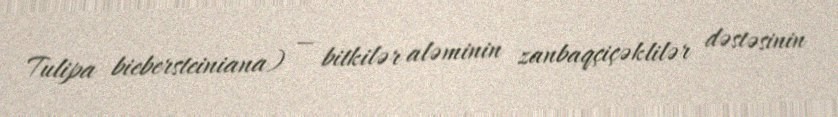
Tulipa biebersteiniana) — bitkilər aləminin zanbaqçiçəklilər dəstəsinin